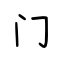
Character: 门